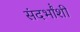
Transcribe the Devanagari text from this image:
संदर्भांंशी